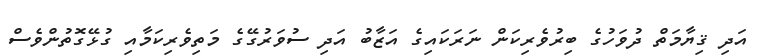
އަދި ޤިޔާމަތް ދުވަހުގެ ބިރުވެރިކަން ނަރަކައިގެ އަޒާބު އަދި ސުވަރުގޭގެ މަތިވެރިކަމާއި ގުޅޭގޮތުންވެސް